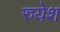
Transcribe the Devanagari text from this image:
रुयेश